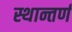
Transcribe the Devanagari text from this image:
स्थान्तर्ण